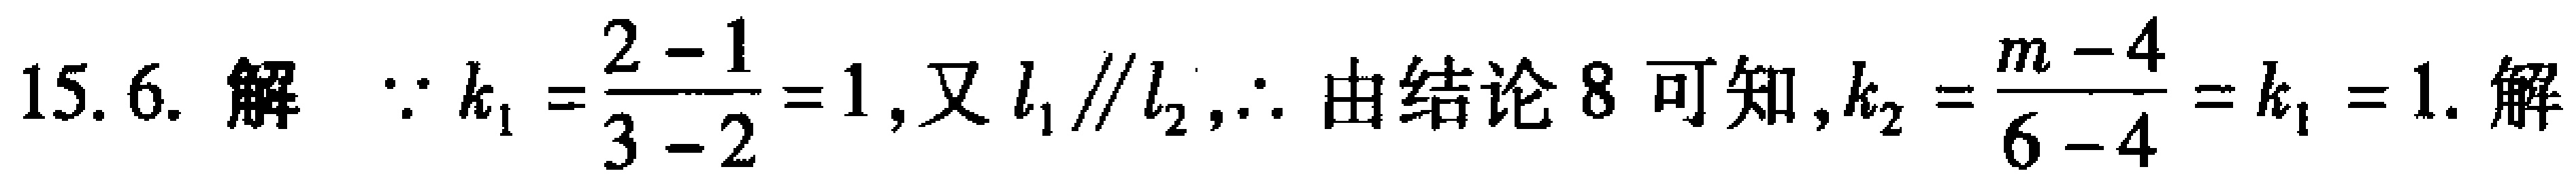
15.6. 解  $\because k_{1}=\frac{2 - 1}{3 - 2}=1$, 又$l_{1}\parallel l_{2}$,$\therefore$ 由结论 8 可知,$k_{2}=\frac{m - 4}{6 - 4}=k_{1}=1$. 解